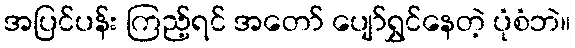
အပြင်ပန်း ကြည့်ရင် အတော် ပျော်ရွှင်နေတဲ့ ပုံစံဘဲ။